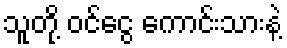
သူတို့ ဝင်ငွေ ကောင်းသားနဲ့